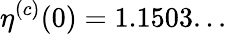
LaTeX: \eta^{(c)}(0)=1.1503...